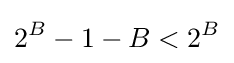
2^{B}-1-B<2^{B}